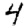
Digit: 4